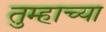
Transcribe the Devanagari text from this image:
तुम्हाच्या